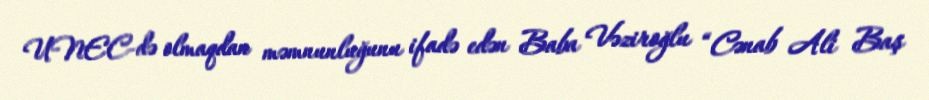
UNEC-də olmaqdan məmnunluğunu ifadə edən Baba Vəziroğlu “Cənab Ali Baş